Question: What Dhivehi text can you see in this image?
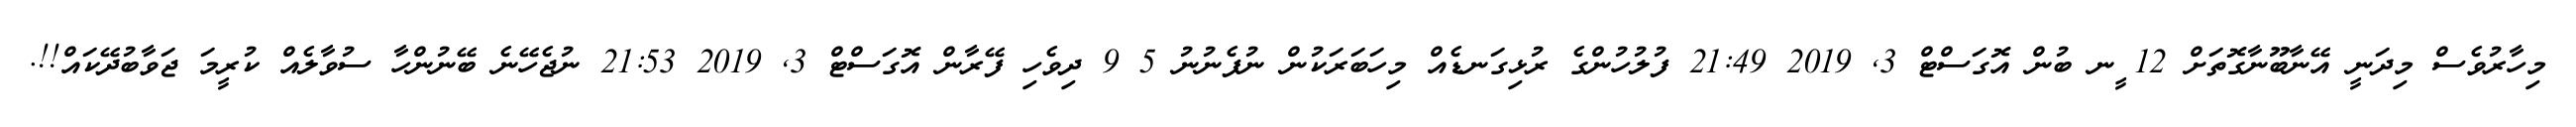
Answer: މިހާރުވެސް މިދަނީ އޭނާބޫނާގޮތަށް 12 ީނ ބުން އޮގަސްޓް 3, 2019 21:49 ފުލުހުންގެ ރުޅިގަނޑެއް މިހަބަރަކުން ނުފެނުނު 5 9 ދިވެހި ފޭރާން އޮގަސްޓް 3, 2019 21:53 ނުޖެހޭނެ ބޭނުންހާ ސުވާލެއް ކުރީމަ ޖަވާބުދޭކައް!!.